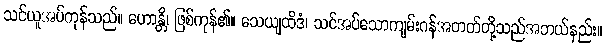
သင်ယူအပ်ကုန်သည်။ ဟောန္တိ၊ ဖြစ်ကုန်၏။ သေယျထိဒံ၊ သင်အပ်သောကျမ်းဂန်အတတ်တို့သည်အဘယ်နည်း။